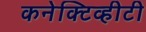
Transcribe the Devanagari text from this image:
कनेक्टिव्हीटी